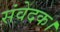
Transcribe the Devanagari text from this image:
संवेदक।